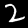
Label: 2